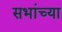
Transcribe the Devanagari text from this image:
सभांच्या